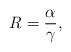
LaTeX: \begin{align*}R = \frac{\alpha}{\gamma},\end{align*}